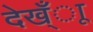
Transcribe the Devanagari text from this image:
देख्ँाू